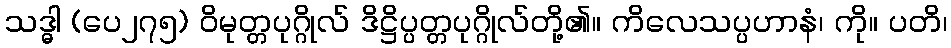
သဒ္ဓါ (ပေ၂၇၅) ဝိမုတ္တပုဂ္ဂိုလ် ဒိဋ္ဌိပ္ပတ္တပုဂ္ဂိုလ်တို့၏။ ကိလေသပ္ပဟာနံ၊ ကို။ ပတိ၊